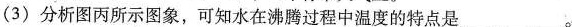
（3）分析图丙所示图象，可知水在沸腾过程中温度的特点是___。